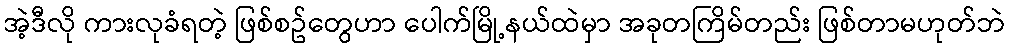
အဲ့ဒီလို ကားလုခံရတဲ့ ဖြစ်စဥ်တွေဟာ ပေါက်မြို့နယ်ထဲမှာ အခုတကြိမ်တည်း ဖြစ်တာမဟုတ်ဘဲ